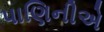
પાણિનીએ